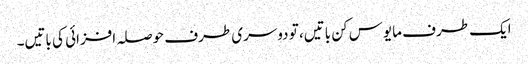
ایک طرف مایوس کن باتیں، تو دوسری طرف حوصلہ افزائی کی باتیں۔